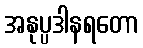
အနုပ္ပဒါနရတော